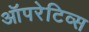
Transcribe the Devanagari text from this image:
ऑपरेटिव्स